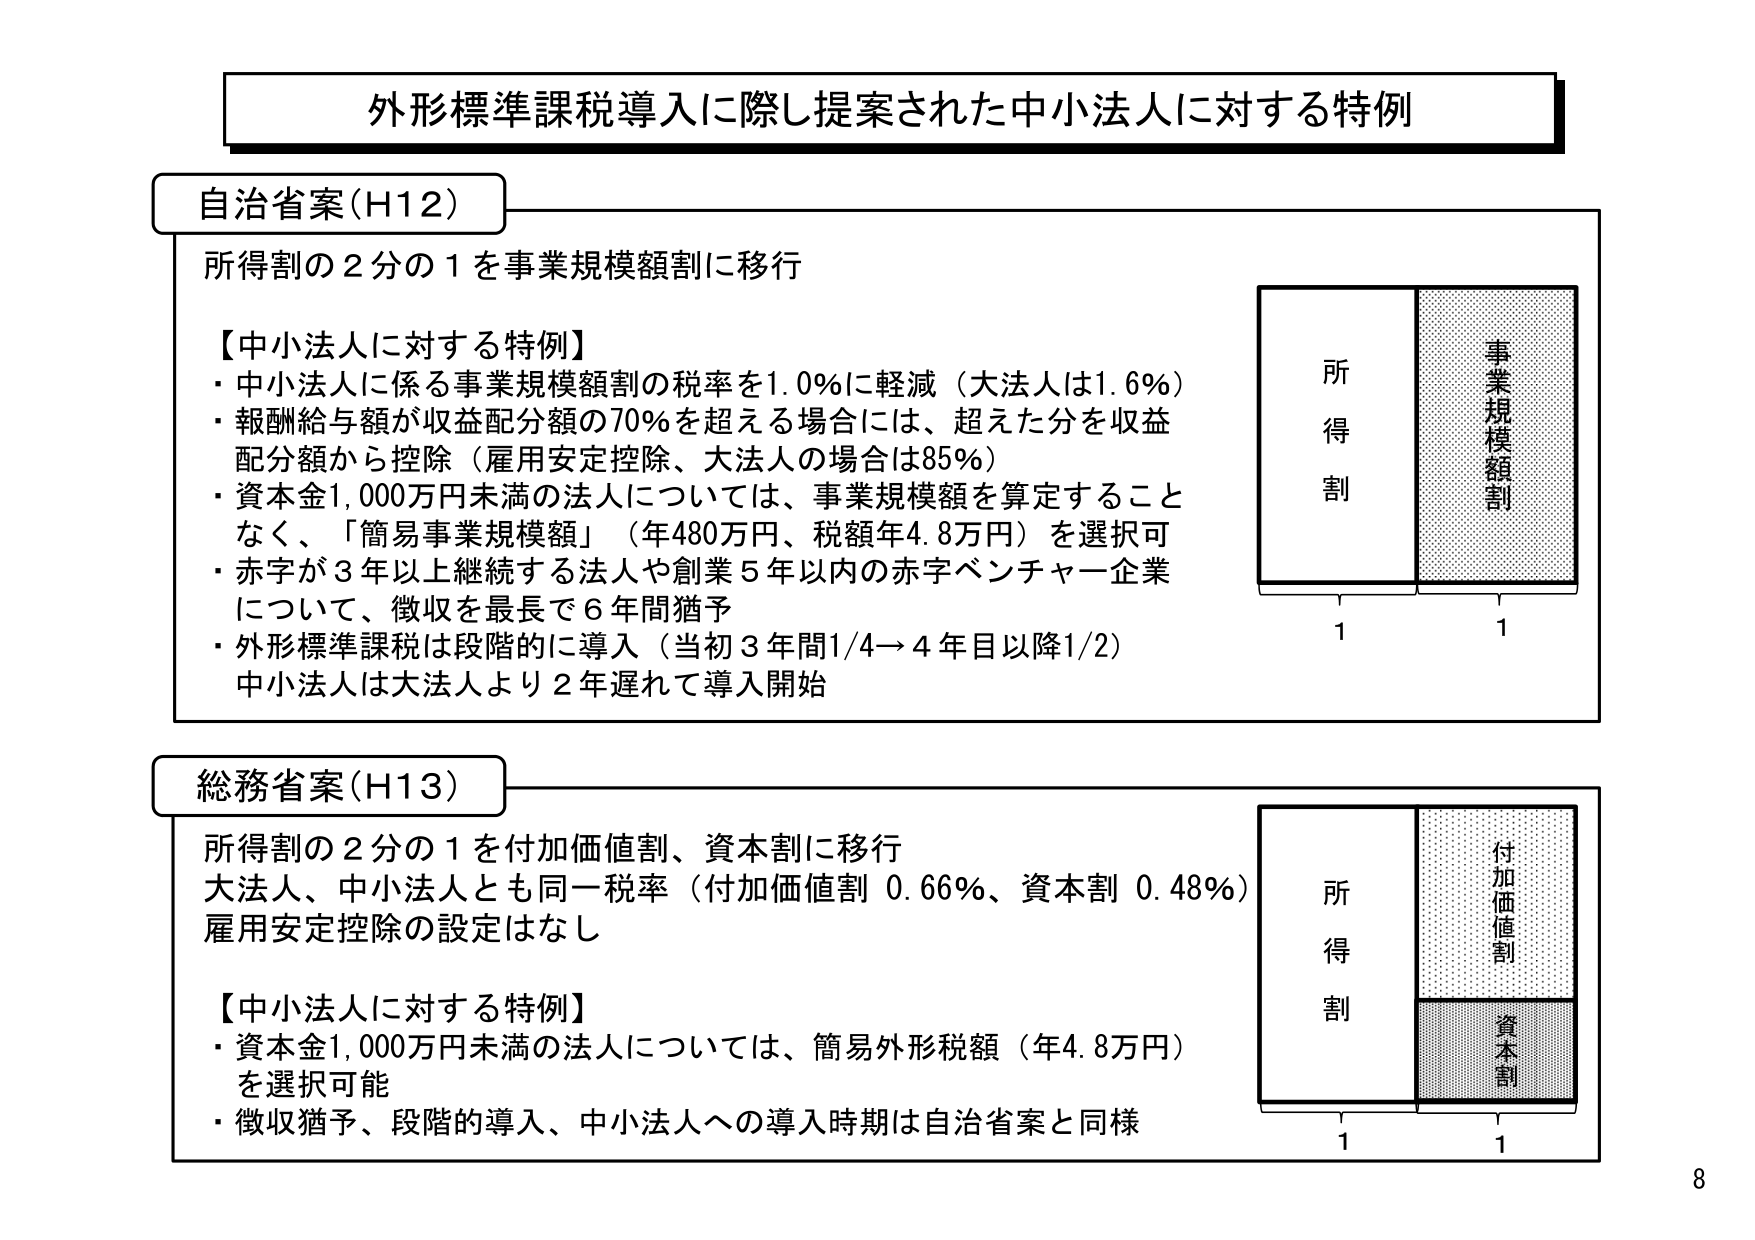
外形標準課税導入に際し提案された中小法人に対する特例

自治省案（H12）
所得割の2分の1を事業規模額割に移行

【中小法人に対する特例】
・中小法人に係る事業規模額割の税率を1.0％に軽減（大法人は1.6％）
・報酬給与額が収益配分額の70％を超える場合には、超えた分を収益配分額から控除（雇用安定控除、大法人の場合は85％）
・資本金1,000万円未満の法人については、事業規模額を算定することなく、「簡易事業規模額」（年480万円、税額年4.8万円）を選択可
・赤字が3年以上継続する法人や創業5年以内の赤字ベンチャー企業について、徴収を最長で6年間猶予
・外形標準課税は段階的に導入（当初3年間1/4→4年目以降1/2）
中小法人は大法人より2年遅れて導入開始

所得割
事業規模額割
1
1

総務省案（H13）
所得割の2分の1を付加価値割、資本割に移行
大法人、中小法人とも同一税率（付加価値割 0.66％、資本割 0.48％）
雇用安定控除の設定はなし

【中小法人に対する特例】
・資本金1,000万円未満の法人については、簡易外形税額（年4.8万円）を選択可能
・徴収猶予、段階的導入、中小法人への導入時期は自治省案と同様

所得割
付加価値割
資本割
1
1

8